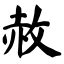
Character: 赦